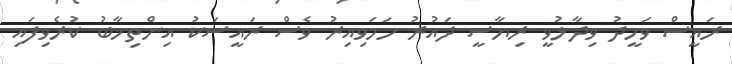
ރައީސް ވަހީދު ވިދާޅުވީ ރިޔާސީ ދައުރު ހަމަވިއިރު ވެސް ރައީސަކު އިންތިޚާބު ކުރެވިފައި